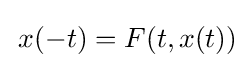
\,x(-t)=F(t,x(t))